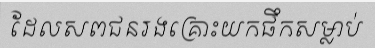
ដែលសពជនរងគ្រោះយកផឹកសម្លាប់